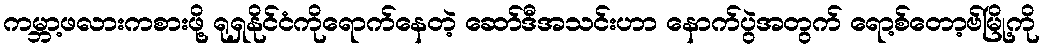
ကမ္ဘာ့ဖလားကစားဖို့ ရုရှနိုင်ငံကိုရောက်နေတဲ့ ဆော်ဒီအသင်းဟာ နောက်ပွဲအတွက် ရော့စ်တော့ဗ်မြို့ကို